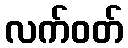
လက်ဝတ်